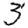
Digit: 3